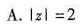
A.$$I z l = 2$$